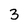
Character: 3